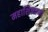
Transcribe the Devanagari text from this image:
महाशिष्याणा